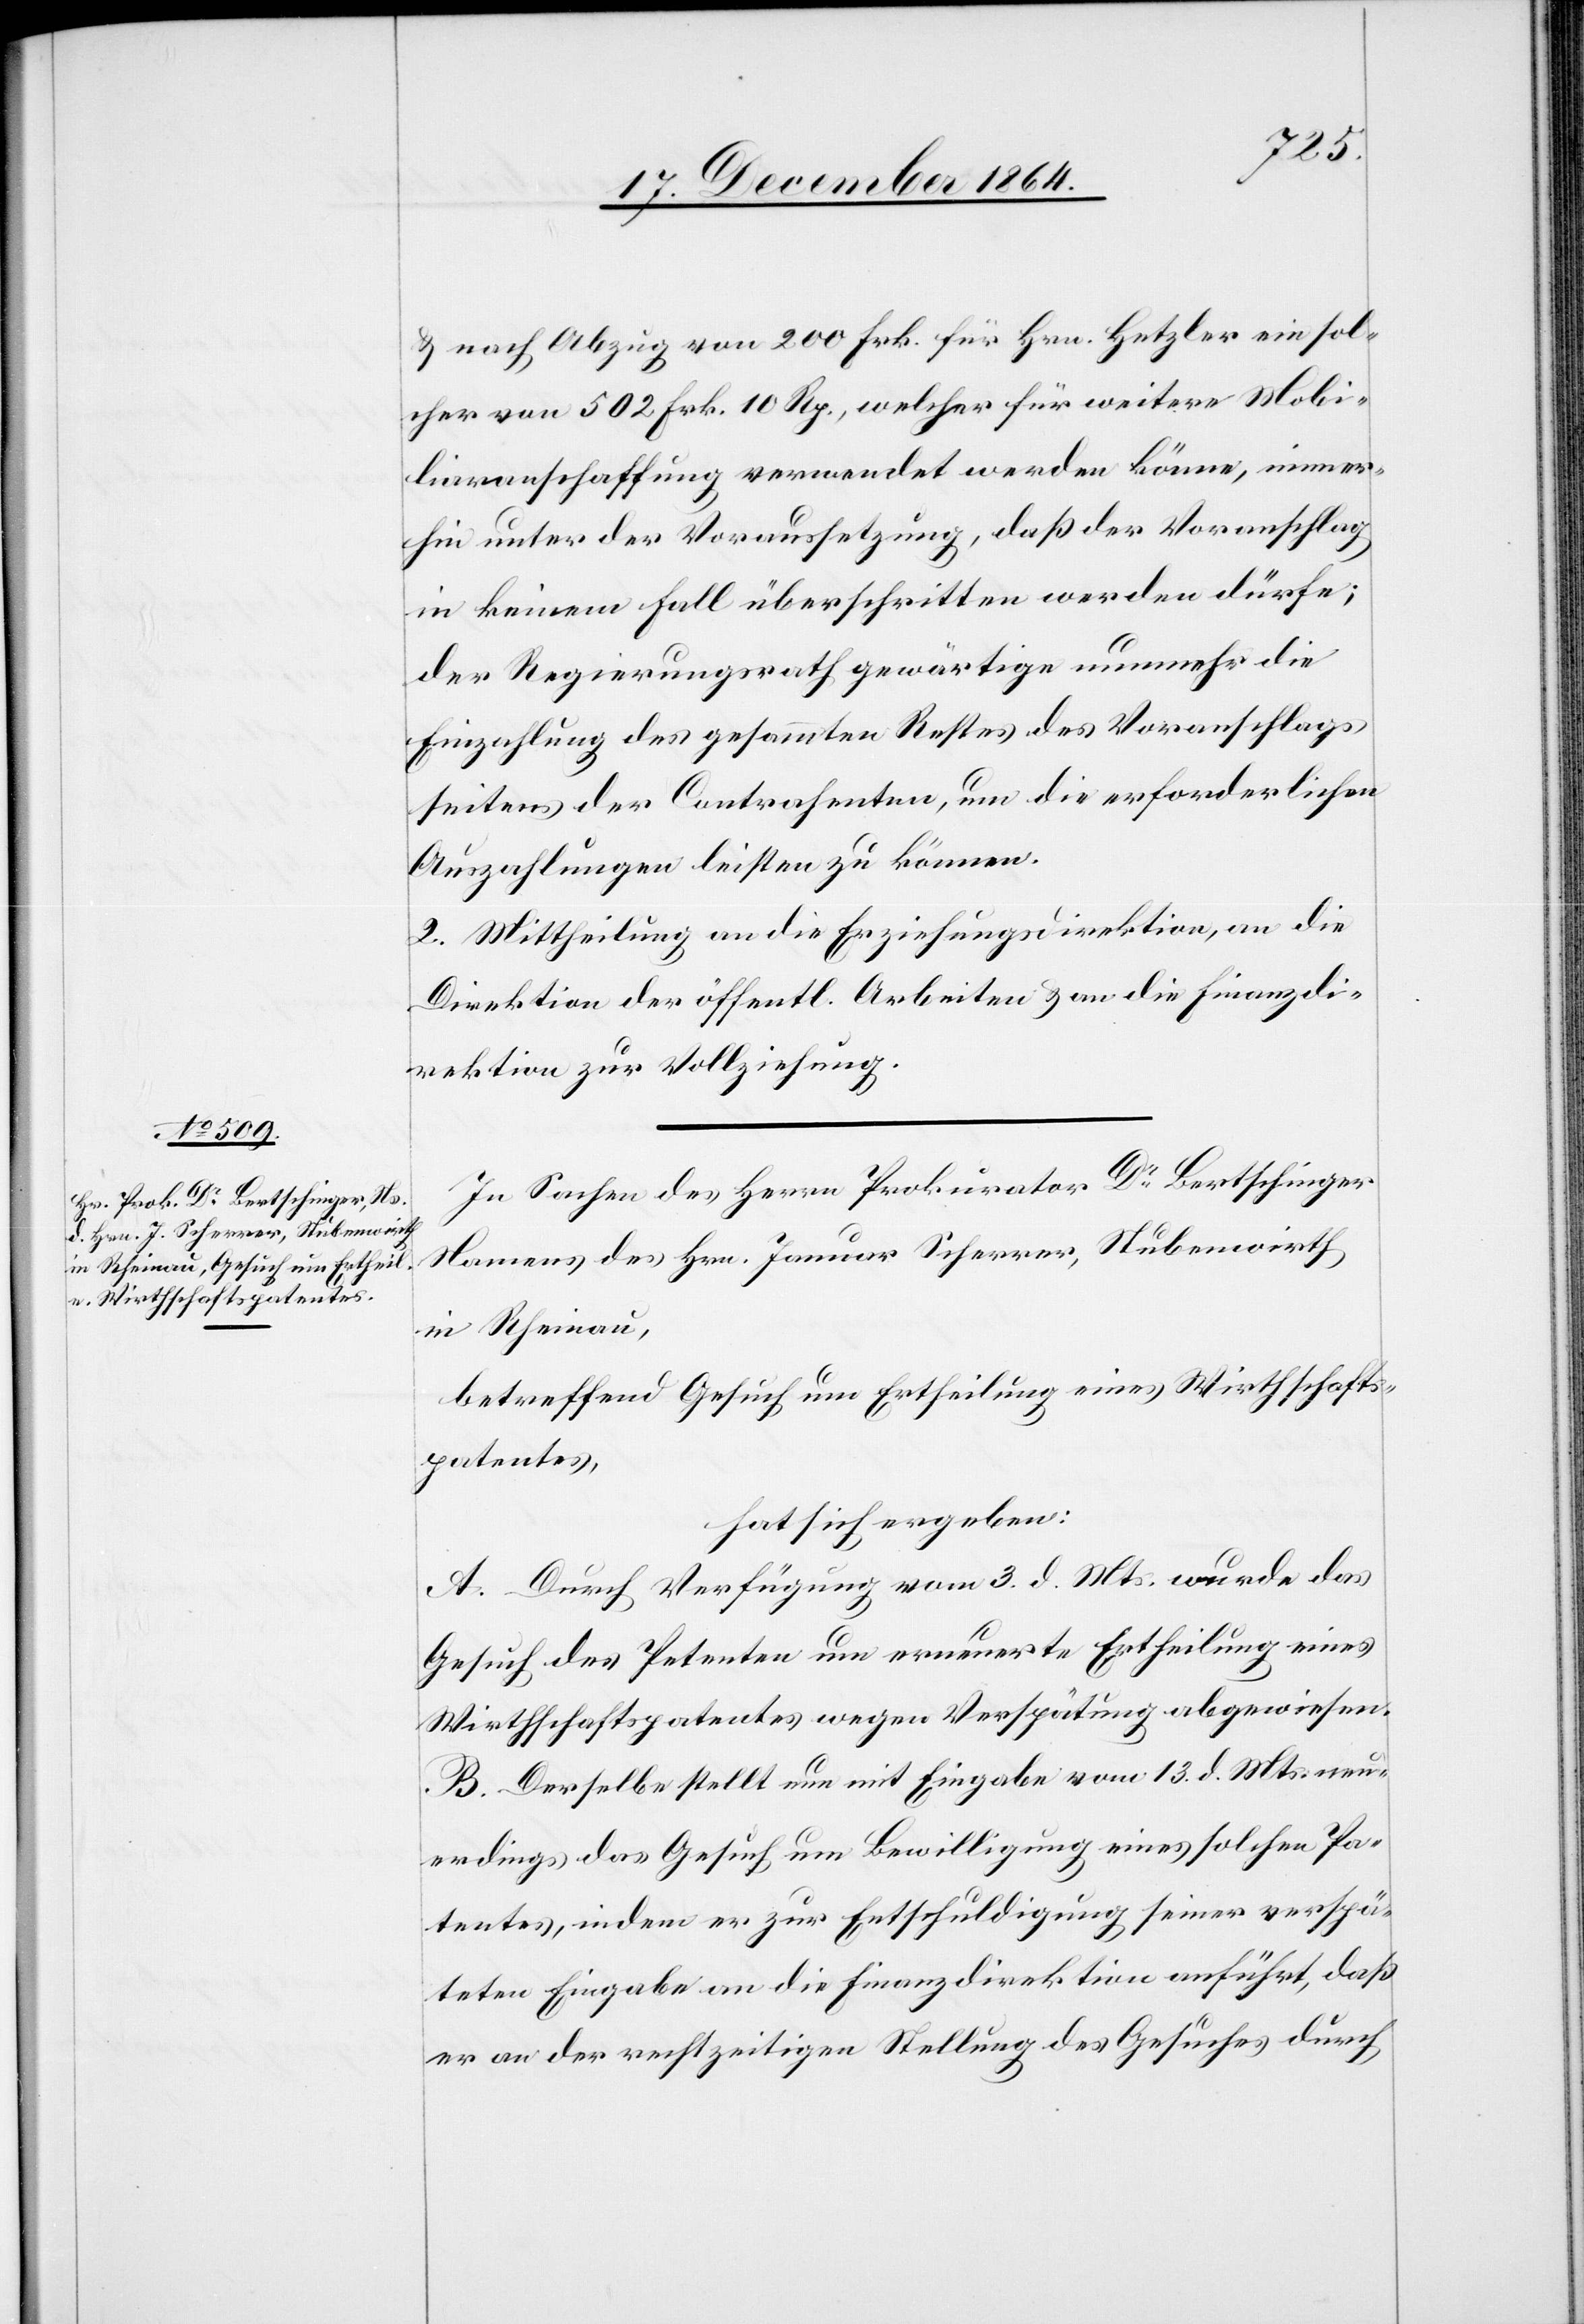
& nach Abzug von 200 Frk. für Hrn. Hetzler ein sol¬
cher von 502 Frk. 10 Rp., welcher für weitere Mobi¬
liaranschaffung verwendet werden könne, immer¬
hin unter der Voraussetzung, daß der Voranschlag
in keinem Fall überschritten werden dürfe;
der Regierungsrath gewärtige nunmehr die
Einzahlung des gesammten Restes des Voranschlages
seitens der Contrahenten, um die erforderlichen
Auszahlungen leisten zu können.
2. Mittheilung an die Erziehungsdirektion, an die
Direktion der öffentl. Arbeiten & an die Finanzdi¬
rektion zur Vollziehung.
In Sachen des Herrn Prokurator Dr Bertschinger,
Namens des Hrn. Januar Scherrer, Stubenwirth
in Rheinau,
betreffend Gesuch um Ertheilung eines Wirthschafts¬
patentes,
hat sich ergeben:
A. Durch Verfügung vom 3. d. Mts. wurde das
Gesuch des Petenten um erneuerte Ertheilung eines
Wirthschaftspatentes wegen Verspätung abgewiesen.
B. Derselbe stellt nun mit Eingabe vom 13. d. Mts. neu¬
erdings das Gesuch um Bewilligung eines solchen Pa¬
tentes, indem er zur Entschuldigung seiner verspä¬
teten Eingabe an die Finanzdirektion anführt, daß
er an der rechtzeitigen Stellung des Gesuches durch